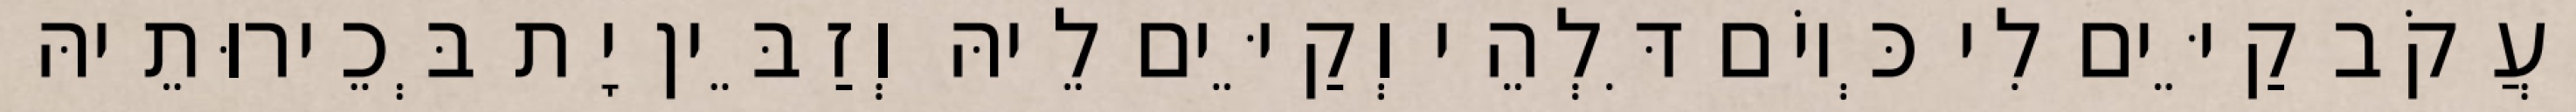
יַעֲקֹב קַיֵּים לִי כְּיוֹם דִּלְהֵי וְקַיֵּים לֵיהּ וְזַבֵּין יָת בְּכֵירוּתֵיהּ